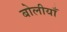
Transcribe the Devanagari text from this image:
बोलीयाँ